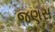
જણસ